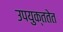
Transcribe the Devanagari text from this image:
उपयुक्ततेत